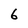
Character: 6